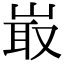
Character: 𡸘